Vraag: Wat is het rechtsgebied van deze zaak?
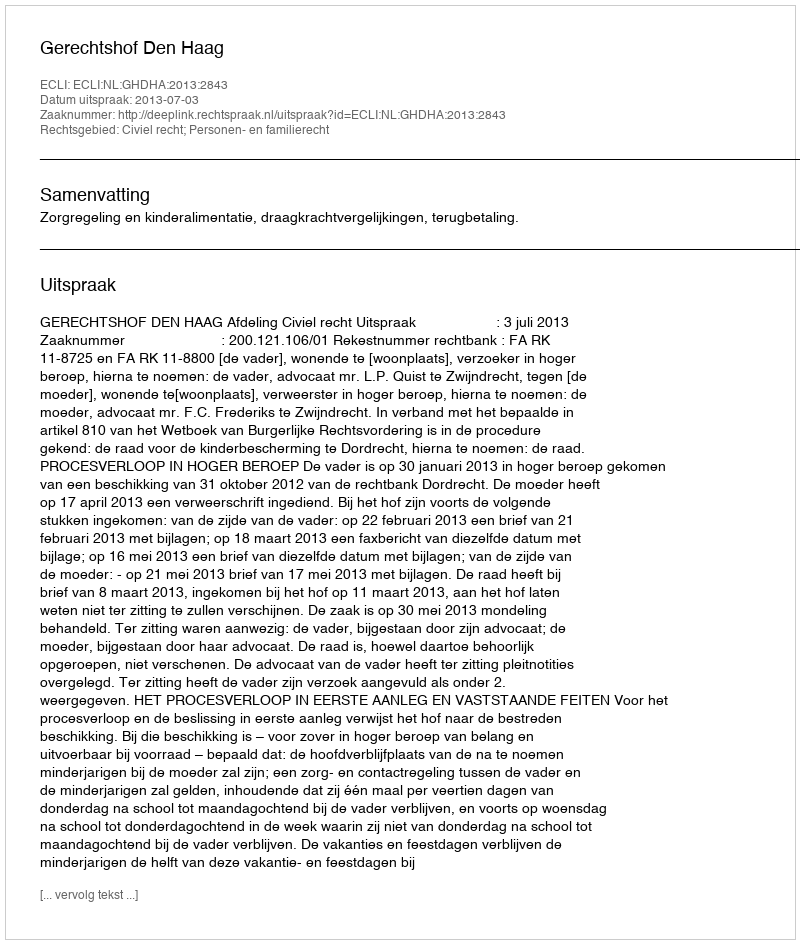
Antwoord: Civiel recht; Personen- en familierecht